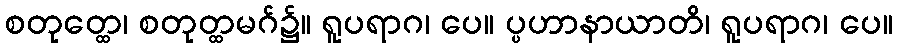
စတုတ္ထေ၊ စတုတ္ထမဂ်၌။ ရူပရာဂ၊ ပေ။ ပ္ပဟာနာယာတိ၊ ရူပရာဂ၊ ပေ။